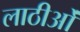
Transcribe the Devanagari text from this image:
लाठीओं